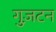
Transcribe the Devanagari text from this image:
गुज़टन